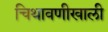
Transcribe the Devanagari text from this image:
चिथावणीखाली